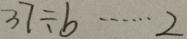
3 7 \div b \cdots 2